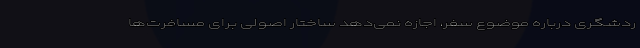
ردشگری درباره موضوع سفر، اجازه نمی‌دهد ساختار اصولی برای مسافرت‌ها